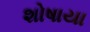
શોષાયા